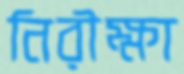
নিরীক্ষা